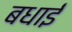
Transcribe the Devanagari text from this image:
बधाईं